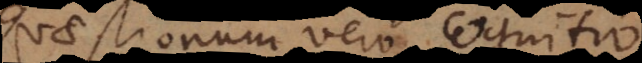
Quaestionum vero cognitio